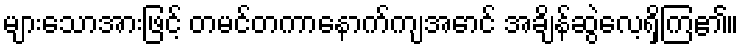
များသောအားဖြင့် တမင်တကာနောက်ကျအောင် အချိန်ဆွဲလေ့ရှိကြ၏။